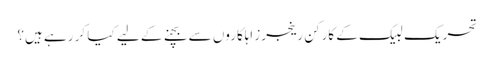
تحریک لبیک کے کارکن رینجرز اہلکاروں سے بچنے کے لیے کیا کر رہے ہیں؟